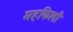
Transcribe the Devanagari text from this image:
महफिली